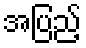
အပြည့်